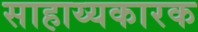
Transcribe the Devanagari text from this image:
साहाय्यकारक